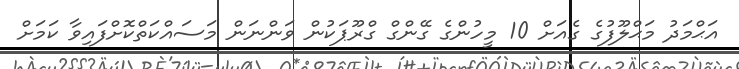
އަޙްމަދު މަޙްލޫފުގެ ގެއަށް 10 މީހުންގެ ގޭންގް ގްރޫޕަކުން ވަންނަން މަސައްކަތްކޮށްފައިވާ ކަމަށް